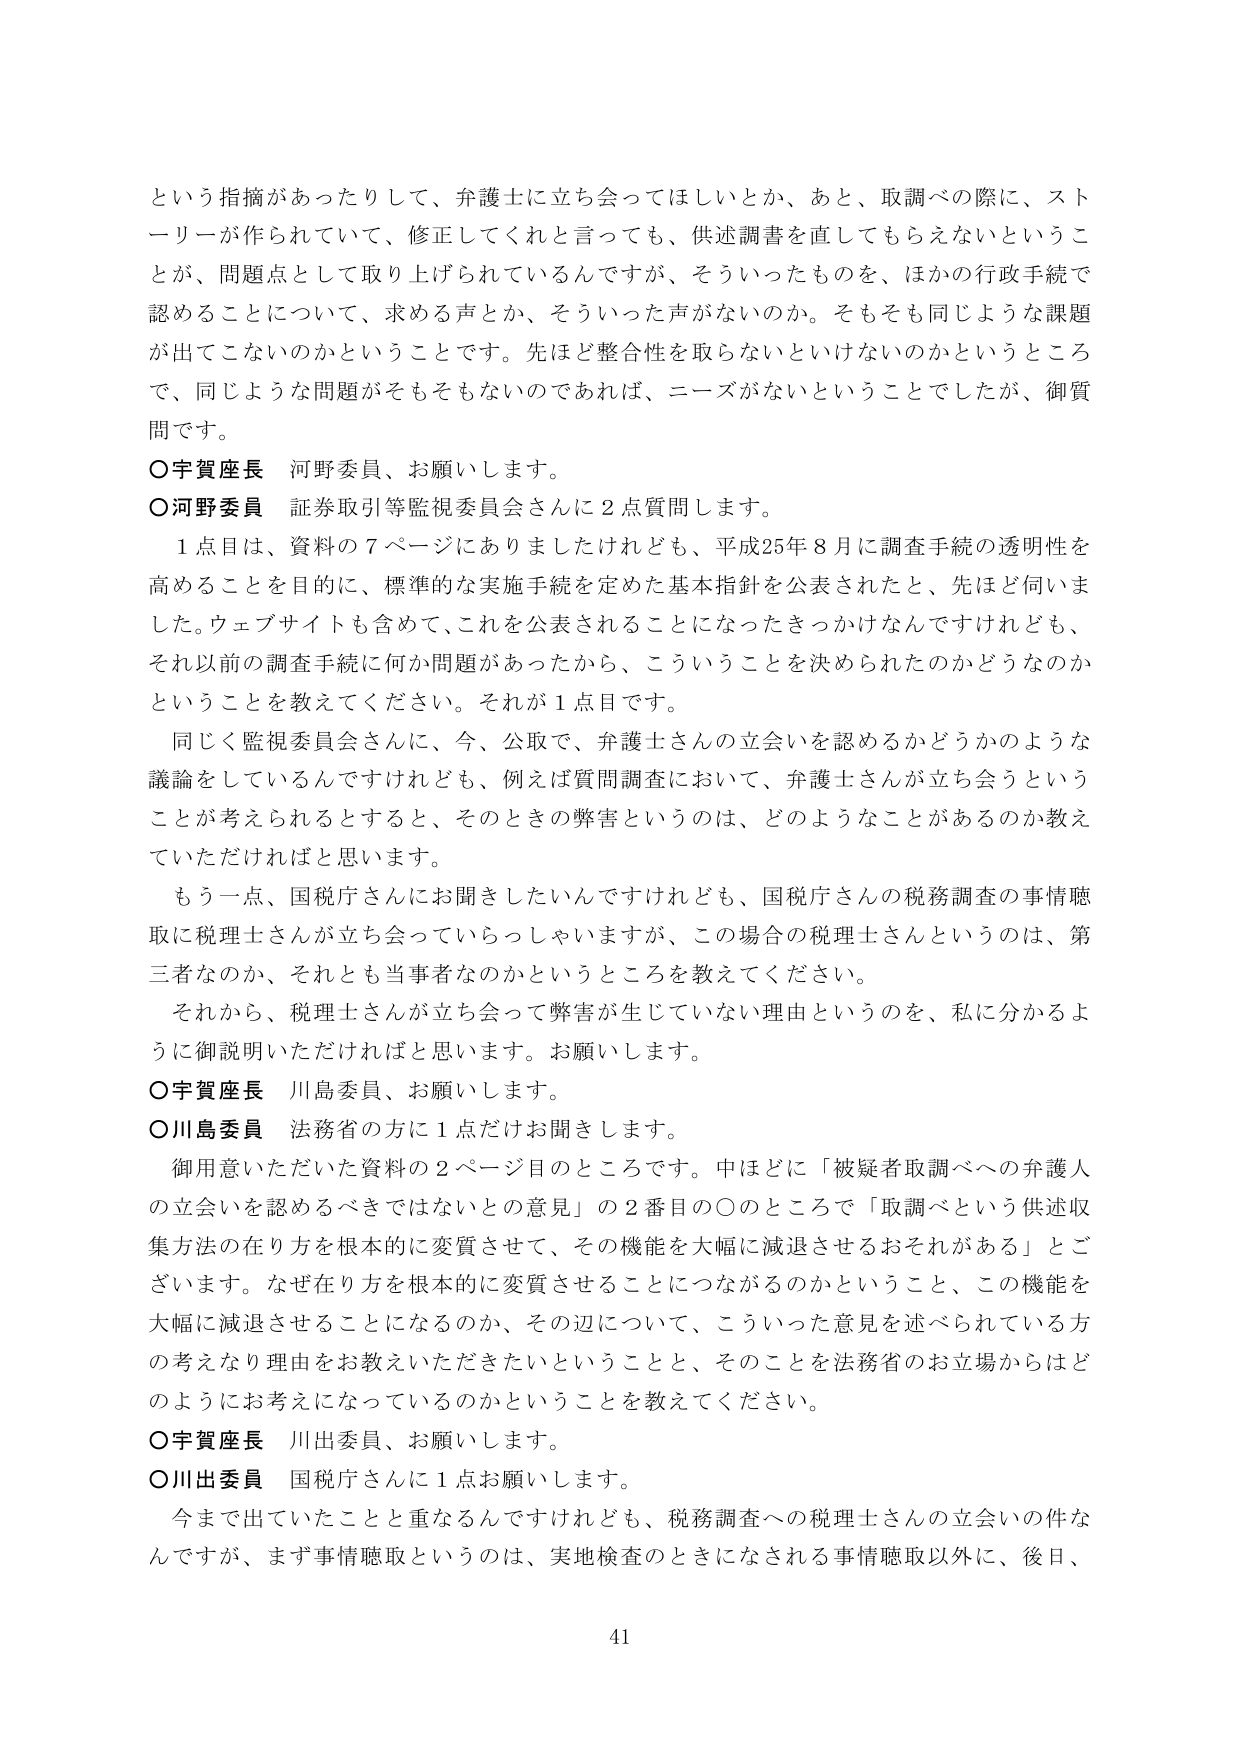
という指摘があったりして、弁護士に立ち会ってほしいとか、あと、取調べの際に、ストーリーが作られていて、修正してくれと言っても、供述調書を直してもらえないということが、問題点として取り上げられているんですが、そういったものを、ほかの行政手続で認めることについて、求める声とか、そういった声がないのか。そもそも同じような課題が出てこないのかということです。先ほど整合性を取らないといけないのかというところで、同じような問題がそもそもないのであれば、ニーズがないということでしたが、御質問です。

○宇賀座長　河野委員、お願いします。

○河野委員　証券取引等監視委員会さんに２点質問します。

　１点目は、資料の７ページにありましたけれども、平成25年８月に調査手続の透明性を高めることを目的に、標準的な実施手続を定めた基本指針を公表されたと、先ほど伺いました。ウェブサイトも含めて、これを公表されることになったきっかけなんですけれども、それ以前の調査手続に何か問題があったから、こういうことを決められたのかどうなのかということを教えてください。それが１点目です。

　同じく監視委員会さんに、今、公取で、弁護士さんの立会いを認めるかどうかのような議論をしているんですけれども、例えば質問調査において、弁護士さんが立ち会うということを考えられるすると、そのときの弊害というのは、どのようなことがあるのか教えていただければと思います。

　もう一点、国税庁さんにお聞きしたいんですけれども、国税庁さんの税務調査の事情聴取に税理士さんが立ち会っていらっしゃいますが、この場合の税理士さんというのは、第三者なのか、それとも当事者なのかというところを教えてください。

　それから、税理士さんが立ち会って弊害が生じていない理由というのを、私に分かるように御説明いただければと思います。お願いします。

○宇賀座長　川島委員、お願いします。

○川島委員　法務省の方に１点だけお聞きします。

　御用意いただいた資料の２ページ目のところです。中ほどに「被疑者取調べへの弁護人の立会いを認めるべきではないとの意見」の２番目の○のところで「取調べという供述収集方法の在り方を根本的に変質させて、その機能を大幅に減退させるおそれがある」とございます。なぜ在り方を根本的に変質させることにつながるのかということ、この機能を大幅に減退させることになるのか、その辺について、こういった意見を述べられている方の考えなり理由をお教えいただきたいということと、そのことを法務省のお立場からはどのようにお考えになっているのかということを教えてください。

○宇賀座長　川出委員、お願いします。

○川出委員　国税庁さんに１点お願いします。

　今まで出ていたことと重なるんですけれども、税務調査への税理士さんの立会いの件なんですが、まず事情聴取というのは、実地検査のときになされる事情聴取以外に、後日、

41